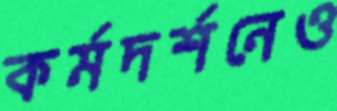
কর্মদর্শনেও